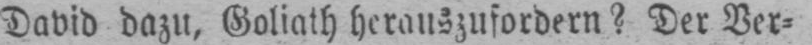
David dazu, Goliath herauszufordern? Der Ver⸗